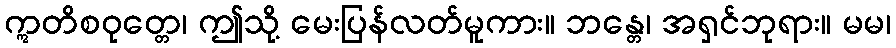
ဣတိစဝုတ္တေ၊ ဤသို့ မေးပြန်လတ်မူကား။ ဘန္တေ၊ အရှင်ဘုရား။ မမ၊